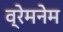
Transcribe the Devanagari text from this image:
व्रेमनेम